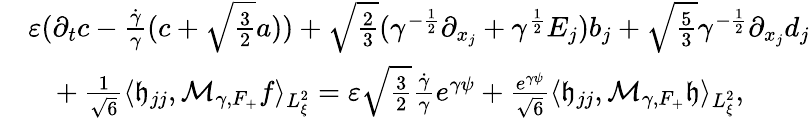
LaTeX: \begin{array}{rl}&{\varepsilon(\partial_{t}c-\frac{\dot{\gamma}}{\gamma}(c+\sqrt{\frac{3}{2}}a))+\sqrt{\frac{2}{3}}(\gamma^{-\frac{1}{2}}\partial_{x_{j}}+\gamma^{\frac{1}{2}}E_{j})b_{j}+\sqrt{\frac{5}{3}}\gamma^{-\frac{1}{2}}\partial_{x_{j}}d_{j}}\\ &{\ \ \ +\frac{1}{\sqrt{6}}\langle\mathfrak h_{jj},\mathcal M_{\gamma,F_{+}}f\rangle_{L_{\xi}^{2}}=\varepsilon\sqrt{\frac{3}{2}}\frac{\dot{\gamma}}{\gamma}e^{\gamma\psi}+\frac{e^{\gamma\psi}}{\sqrt{6}}\langle\mathfrak h_{jj},\mathcal M_{\gamma,F_{+}}\mathfrak h\rangle_{L_{\xi}^{2}},}\end{array}